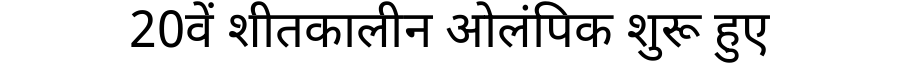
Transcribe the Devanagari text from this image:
20वें शीतकालीन ओलंपिक शुरू हुए